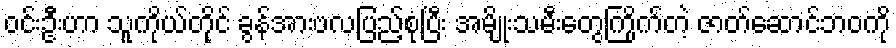
ဝင်းဦးဟာ သူကိုယ်တိုင် ခွန်အားဗလပြည့်စုံပြီး အမျိုးသမီးတွေကြိုက်တဲ့ ဇာတ်ဆောင်ဘဝကို